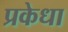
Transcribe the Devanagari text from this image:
प्रकेधा